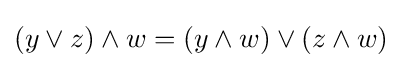
(y\vee z)\wedge w=(y\wedge w)\vee (z\wedge w)